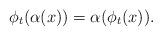
LaTeX: \begin{align*}\phi_t(\alpha(x))= \alpha(\phi_t(x)).\end{align*}